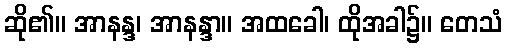
ဆို၏။ အာနန္ဒ၊ အာနန္ဒာ။ အထခေါ၊ ထိုအခါ၌။ တေသံ